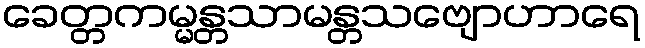
ခေတ္တကမ္မန္တသာမန္တသဗျောဟာရေ